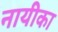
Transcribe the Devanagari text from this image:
नायीका